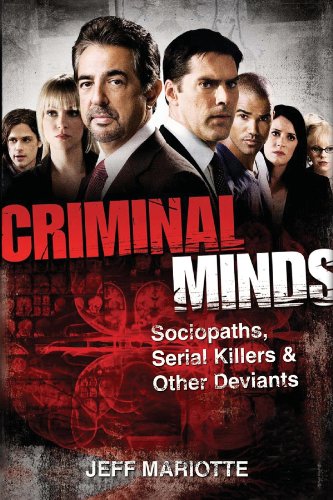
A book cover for Criminal Minds: Sociopaths, Serial Killers, and Other Deviants; Jeff Mariotte; Humor & Entertainment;